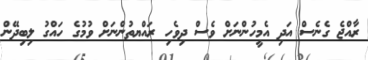
ރާއްޖެ ގެނެސް އަދި އެމީހުންނަށް ވެސް ދިވެހި ރައްޔތުންނަށް ވުމުގެ ހައްގު ލިބިދޭން